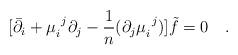
LaTeX: \begin{align*}[\bar{\partial}_i + \mu_i^{\ j} \partial_j -{1\over n} (\partial_j\mu_i^{\ j}) ] \tilde{f} =0\quad. \end{align*}